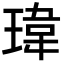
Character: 瑋